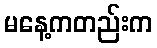
မနေ့ကတည်းက